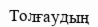
Толғаудың